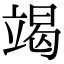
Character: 竭